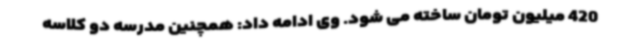
420 میلیون تومان ساخته می شود. وی ادامه داد: همچنین مدرسه دو کلاسه